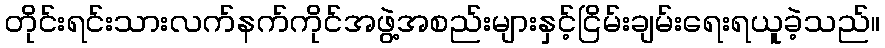
တိုင်းရင်းသားလက်နက်ကိုင်အဖွဲ့အစည်းများနှင့်ငြိမ်းချမ်းရေးရယူခဲ့သည်။